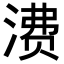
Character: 𬈕